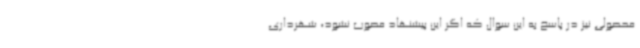
محصولی نیز در پاسخ به این سوال که اگر این پیشنهاد مصوب نشود، شهرداری